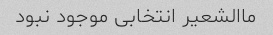
ماالشعیر انتخابی موجود نبود